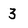
Character: 3